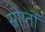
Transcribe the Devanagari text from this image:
स्रोय्तों